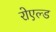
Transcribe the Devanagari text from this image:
रोएल्ड